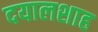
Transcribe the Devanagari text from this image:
दयालशाह